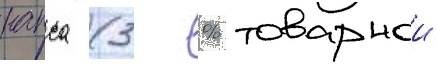
рапса (3 % товарнои